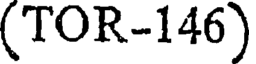
(TOR-146)